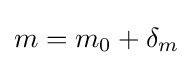
m=m_{0}+\delta _{m}